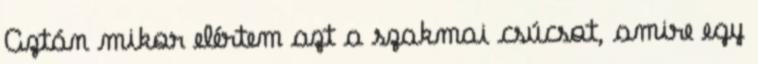
Aztán mikor elértem azt a szakmai csúcsot, amire egy